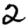
Digit: 2